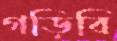
গড়িবি